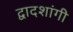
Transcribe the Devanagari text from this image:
द्वादशांगी